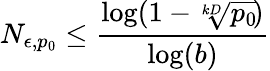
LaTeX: N_{\epsilon,p_{0}}\leq\frac{\log(1-\sqrt[kD]{p_{0}})}{\log(b)}